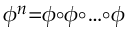
\scriptstyle \phi ^ { n } = \phi \circ \phi \circ \ldots \circ \phi